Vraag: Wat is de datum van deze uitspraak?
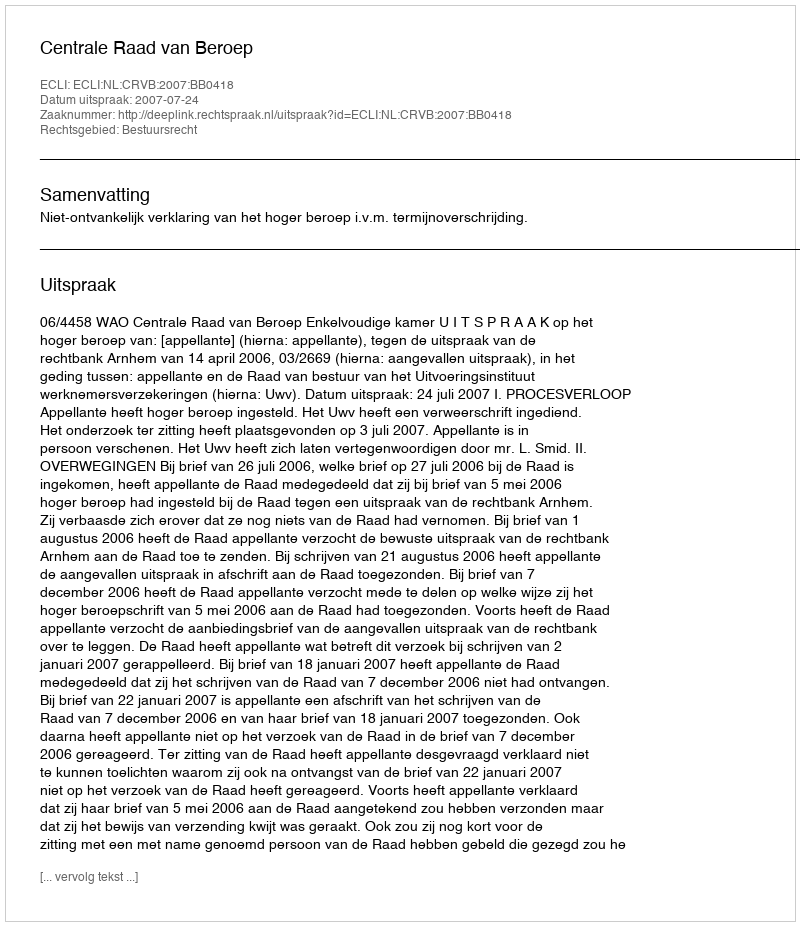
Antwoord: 2007-07-24